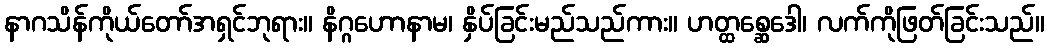
နာဂသိန်ကိုယ်တော်အရှင်ဘုရား။ နိဂ္ဂဟောနာမ၊ နှိပ်ခြင်းမည်သည်ကား။ ဟတ္ထစ္ဆေဒေါ၊ လက်ကိုဖြတ်ခြင်းသည်။